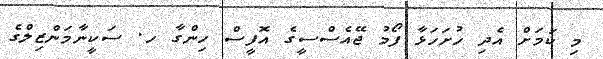
މި ކަމަށް އެދި ހުށަހަޅާ ފޯމު ޖޭއެސްސީގެ އޮފީސް ހިންގާ ހ. ސަކީނާމަންޒިލްގެ